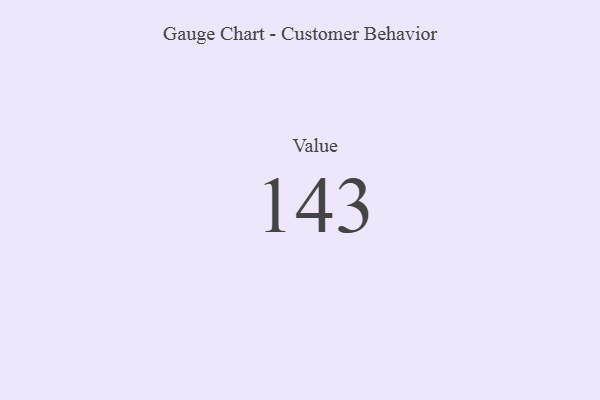
{"axis": {"x": "Metric", "y": "Value"}, "legend": [""], "data": [{"x": "Value", "y": 143, "type": ""}]}